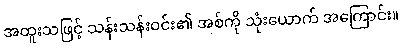
အထူးသဖြင့် သန်းသန်းဝင်း၏ အစ်ကို သုံးယောက် အကြောင်း။